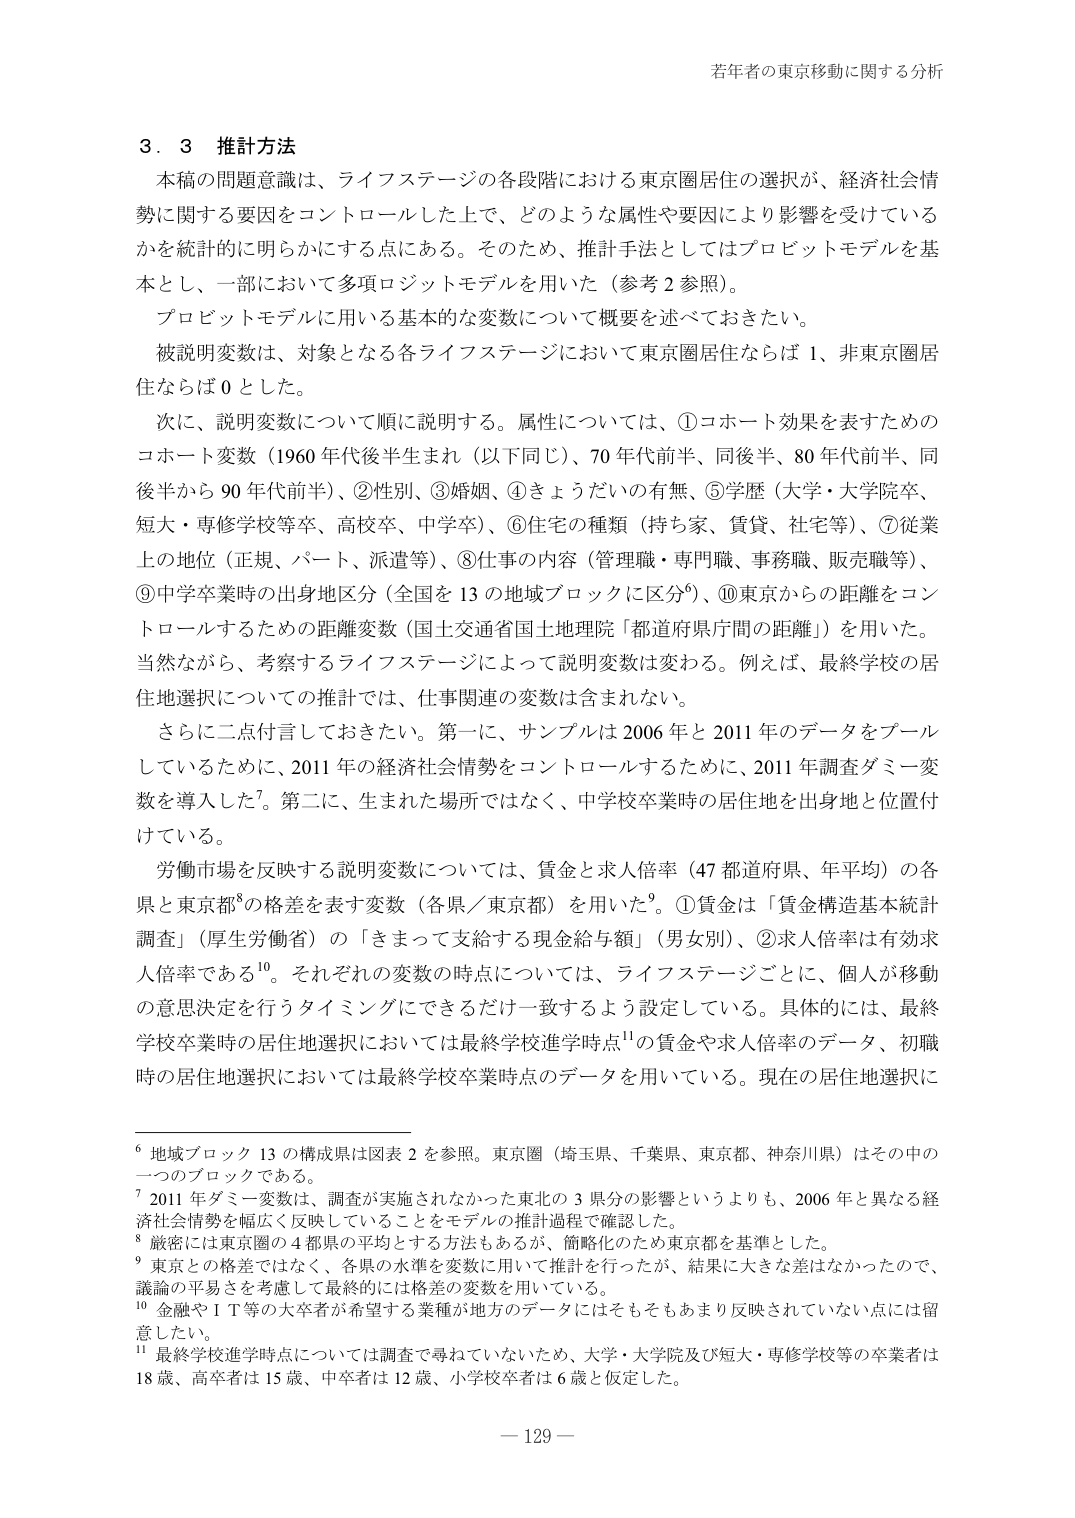
若年者の東京移動に関する分析

３．３ 推計方法

本稿の問題意識は、ライフステージの各段階における東京圏居住の選択が、経済社会情勢に関する要因をコントロールした上で、どのような属性や要因により影響を受けているかを統計的に明らかにする点にある。そのため、推計手法としてはプロビットモデルを基本とし、一部において多項ロジットモデルを用いた（参考２参照）。

プロビットモデルに用いる基本的な変数について概要を述べておきたい。

被説明変数は、対象となる各ライフステージにおいて東京圏居住ならば１、非東京圏居住ならば０とした。

次に、説明変数について順に説明する。属性については、①コホート効果を表すためのコホート変数（1960年代後半生まれ（以下同じ）、70年代前半、同後半、80年代前半、同後半から90年代前半）、②性別、③婚姻、④きょうだいの有無、⑤学歴（大学・大学院卒、短大・専修学校等卒、高校卒、中学卒）、⑥住宅の種類（持ち家、賃貸、社宅等）、⑦従業上の地位（正規、パート、派遣等）、⑧仕事の内容（管理職・専門職、事務職、販売職等）、⑨中学卒業時の出身地区分（全国を13の地域ブロックに区分⁶）、⑩東京からの距離をコントロールするための距離変数（国土交通省国土地理院「都道府県庁間の距離」）を用いた。当然ながら、考察するライフステージによって説明変数は変わる。例えば、最終学校の居住地選択についての推計では、仕事関連の変数は含まれない。

さらに二点付言しておきたい。第一に、サンプルは2006年と2011年のデータをプールしているために、2011年の経済社会情勢をコントロールするために、2011年調査ダミー変数を導入した⁷。第二に、生まれた場所ではなく、中学校卒業時の居住地を出身地と位置付けている。

労働市場を反映する説明変数については、賃金と求人倍率（47都道府県、年平均）の各県と東京都⁸の格差を表す変数（各県／東京都）を用いた⁹。①賃金は「賃金構造基本統計調査」（厚生労働省）の「きまって支給する現金給与額」（男女別）、②求人倍率は有効求人倍率である¹⁰。それぞれの変数の時点については、ライフステージごとに、個人が移動の意思決定を行うタイミングにできるだけ一致するよう設定している。具体的には、最終学校卒業時の居住地選択においては最終学校進学時点¹¹の賃金や求人倍率のデータ、初職時の居住地選択においては最終学校卒業時点のデータを用いている。現在の居住地選択に

⁶ 地域ブロック13の構成県は図表2を参照。東京圏（埼玉県、千葉県、東京都、神奈川県）はその中の一つのブロックである。

⁷ 2011年ダミー変数は、調査が実施されなかった東北の3県分の影響というよりも、2006年と異なる経済社会情勢を幅広く反映していることをモデルの推計過程で確認した。

⁸ 厳密には東京圏の4都県の平均とする方法もあるが、簡略化のため東京都を基準とした。

⁹ 東京との格差ではなく、各県の水準を変数に用いて推計を行ったが、結果に大きな差はなかったので、議論の平易さを考慮して最終的には格差の変数を用いている。

¹⁰ 金融やＩＴ等の大卒者が希望する業種が地方のデータにはそもそもあまり反映されていない点には留意したい。

¹¹ 最終学校進学時点については調査で尋ねていないため、大学・大学院及び短大・専修学校等の卒業者は18歳、高卒者は15歳、中卒者は12歳、小学校卒者は6歳と仮定した。

— 129 —